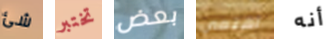
شئ تختبر بعض اهتمي أنه